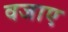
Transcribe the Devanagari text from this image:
वजाए